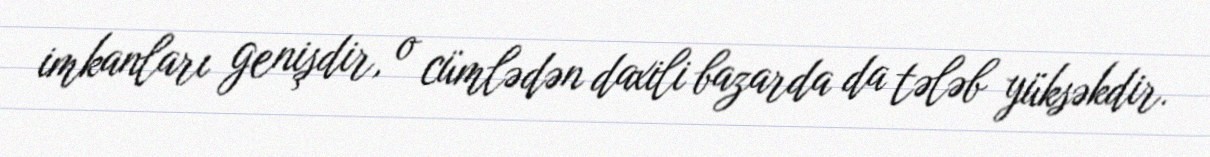
imkanları genişdir, o cümlədən daxili bazarda da tələb yüksəkdir.